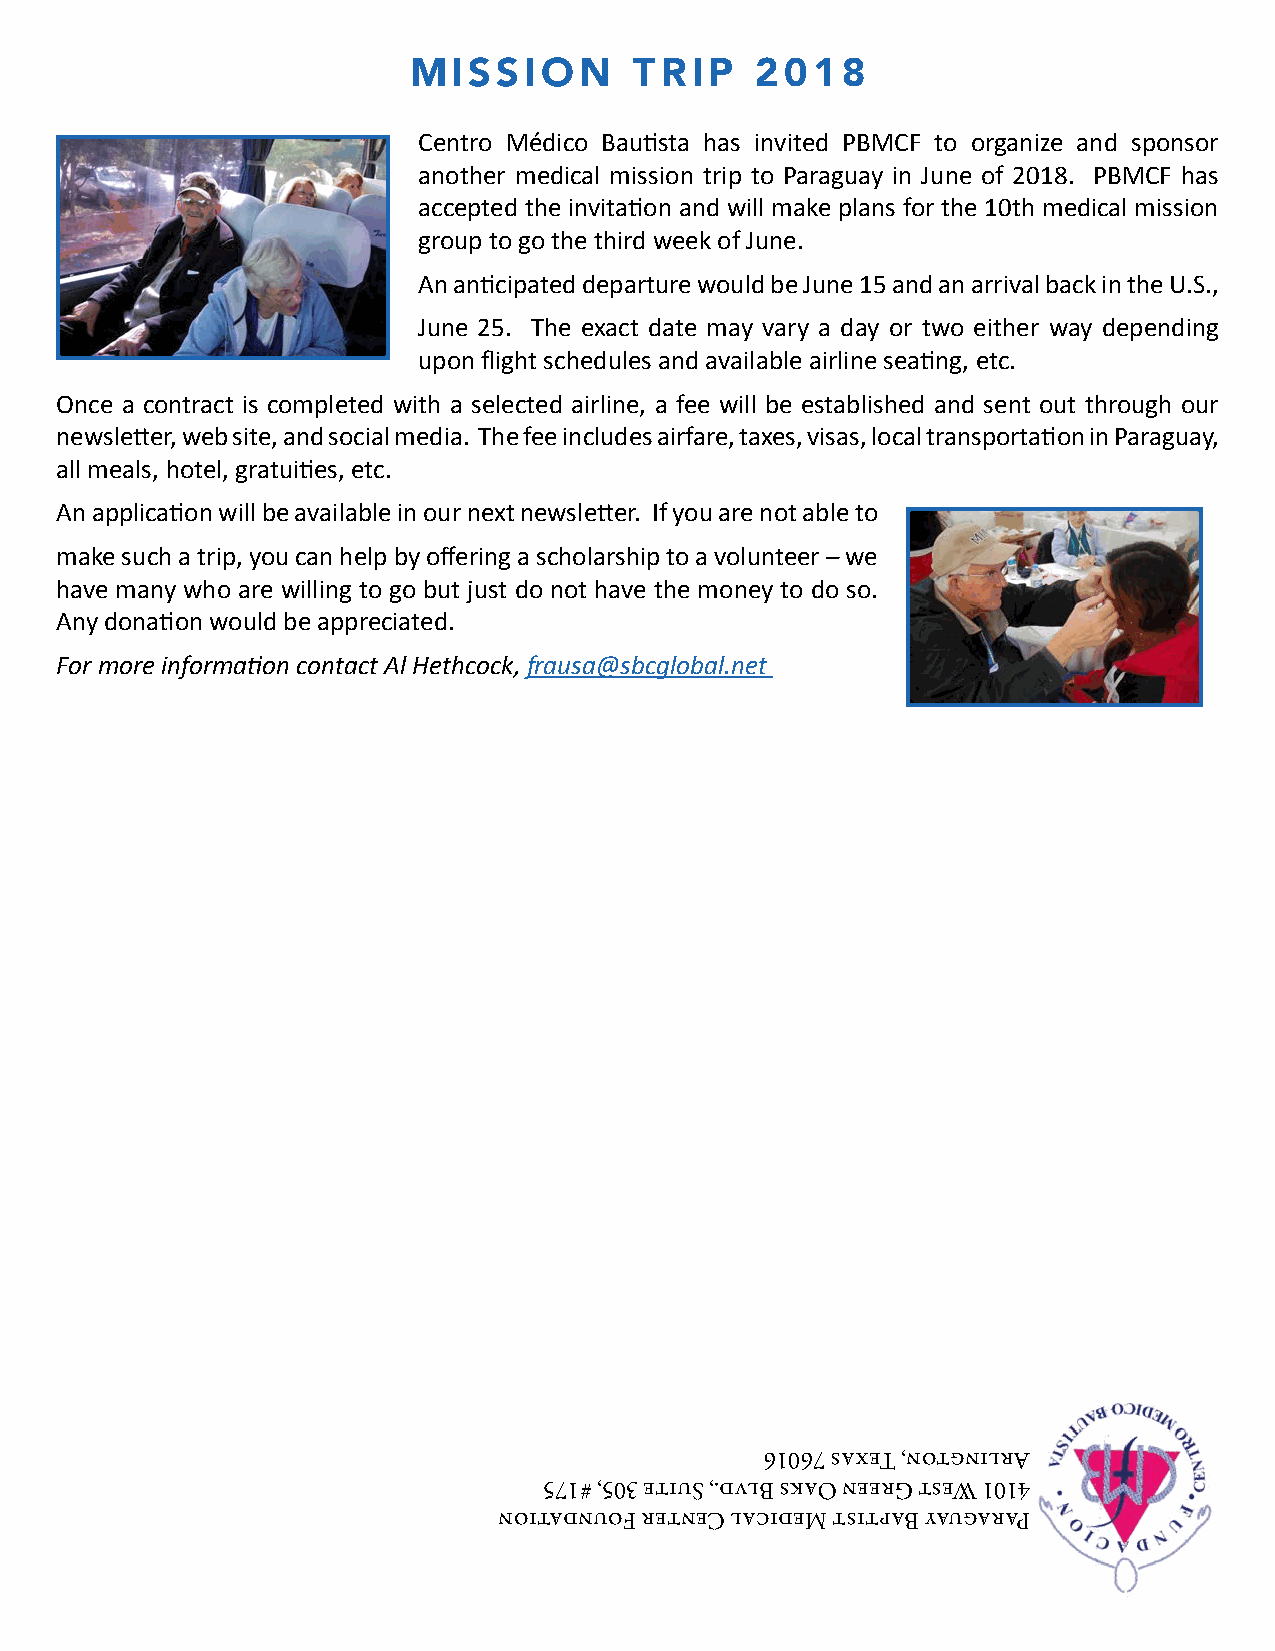
MISSION        TRIP    2018
 Centro Médico Bautista has invited PBMCF to organize and sponsor
 another medical mission trip to Paraguay in June of 2018. PBMCF has
 accepted the invitation and will make plans for the 10th medical mission
 group to go the third week of June.
 An anticipated departure would be June 15 and an arrival back in the U.S.,
 June 25. The exact date may vary a day or two either way depending
 upon flight schedules and available airline seating, etc.
 Once a contract is completed with a selected airline, a fee will be established and sent out through our
 newsletter, web site, and social media. The fee includes airfare, taxes, visas, local transportation in Paraguay,
 all meals, hotel, gratuities, etc.
 An application will be available in our next newsletter. If you are not able to
 make such a trip, you can help by offering a scholarship to a volunteer – we
 have many who are willing to go but just do not have the money to do so.
 Any donation would be appreciated.
 For more information contact Al Hethcock, frausa@sbcglobal.net
 61067 saxeT ,notgnilrA
 571# ,503 etiuS ,.dvlB skaO neerG tseW 1014
 noitadnuoF retneC lacideM tsitpaB yaugaraP